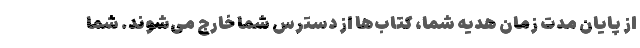
از پایان مدت زمان هدیه شما، کتاب‌ها از دسترس شما خارج می‌شوند. شما